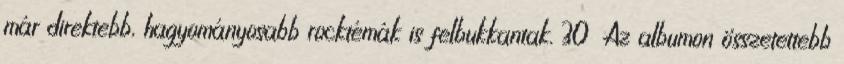
már direktebb, hagyományosabb rocktémák is felbukkantak. 30 Az albumon összetettebb